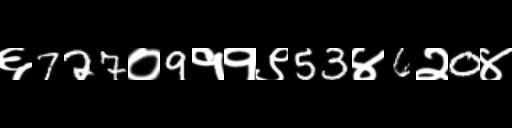
Text: ६727०9११९53४6२0४